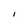
Character: l